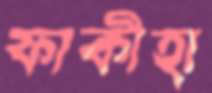
ফাকীহা